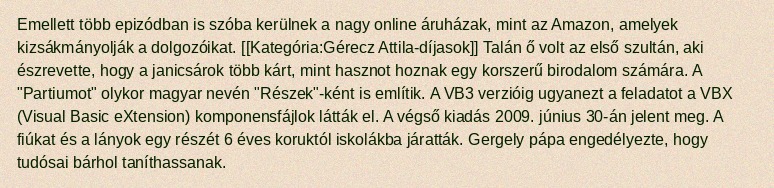
Emellett több epizódban is szóba kerülnek a nagy online áruházak, mint az Amazon, amelyek kizsákmányolják a dolgozóikat. [[Kategória:Gérecz Attila-díjasok]] Talán ő volt az első szultán, aki észrevette, hogy a janicsárok több kárt, mint hasznot hoznak egy korszerű birodalom számára. A "Partiumot" olykor magyar nevén "Részek"-ként is említik. A VB3 verzióig ugyanezt a feladatot a VBX (Visual Basic eXtension) komponensfájlok látták el. A végső kiadás 2009. június 30-án jelent meg. A fiúkat és a lányok egy részét 6 éves koruktól iskolákba járatták. Gergely pápa engedélyezte, hogy tudósai bárhol taníthassanak.